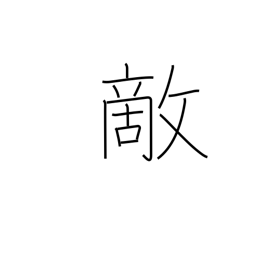
Meaning: foe